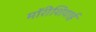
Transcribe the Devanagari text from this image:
मॉरीशियाई